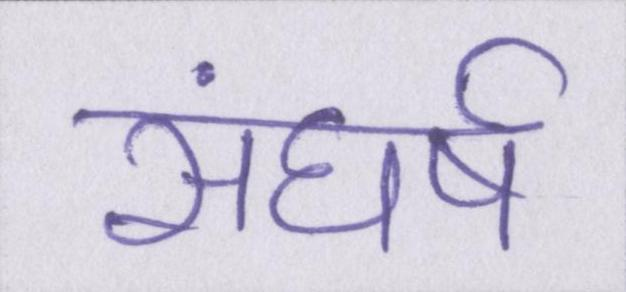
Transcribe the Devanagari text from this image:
संघर्ष